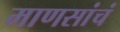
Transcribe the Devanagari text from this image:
माणसांचं